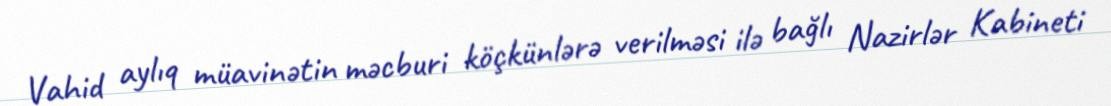
Vahid aylıq müavinətin məcburi köçkünlərə verilməsi ilə bağlı Nazirlər Kabineti